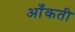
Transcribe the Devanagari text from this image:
आँकती